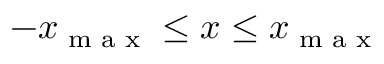
- x _ { \textrm { m a x } } \leq x \leq x _ { \textrm { m a x } }